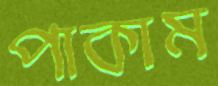
পাকাম